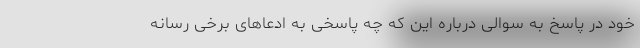
خود در پاسخ به سوالی درباره این که چه پاسخی به ادعاهای برخی رسانه